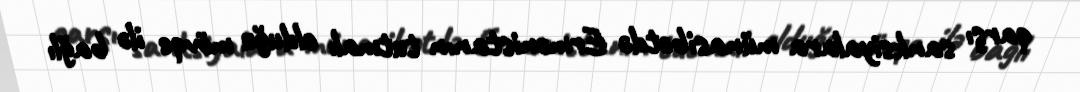
qarşı sanksiyalara münasibətdə Ermənistanın tutmalı olduğu mövqe ilə bağlı